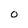
Character: O